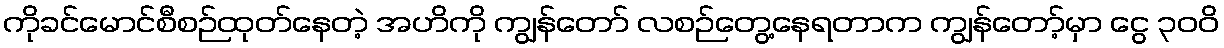
ကိုခင်မောင်စီစဉ်ထုတ်နေတဲ့ အဟိကို ကျွန်တော် လစဉ်တွေ့နေရတာက ကျွန်တော့်မှာ ငွေ ၃၀၀ိ